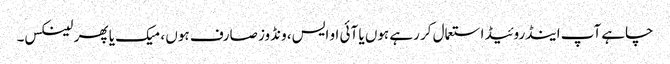
چاہے آپ اینڈروئیڈ استعمال کر رہے ہوں یا آئی او ایس، ونڈوز صارف ہوں ، میک یا پھر لینکس۔